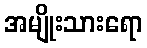
အမျိုးသားရော